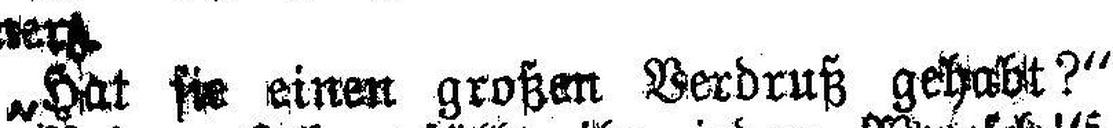
„Hat sie einen großen Verdruß gehabt?“